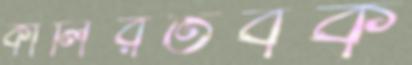
কালিরতবক